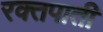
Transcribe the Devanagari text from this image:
रक्तपाती